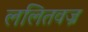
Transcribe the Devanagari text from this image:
ललितवज्र